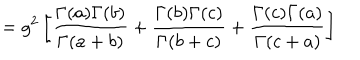
LaTeX: = g ^ { 2 } \left[ \frac { \Gamma { ( a ) } \Gamma { ( b ) } } { \Gamma { ( a + b ) } } + \frac { \Gamma { ( b ) } \Gamma { ( c ) } } { \Gamma { ( b + c ) } } + \frac { \Gamma { ( c ) } \Gamma { ( a ) } } { \Gamma { ( c + a ) } } \right]